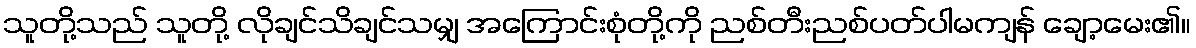
သူတို့သည် သူတို့ လိုချင်သိချင်သမျှ အကြောင်းစုံတို့ကို ညစ်တီးညစ်ပတ်ပါမကျန် ချော့မေး၏။